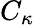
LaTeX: C_{\kappa}